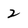
Character: 2